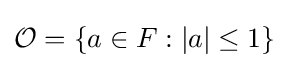
{\mathcal {O}}=\{a\in F:|a|\leq 1\}